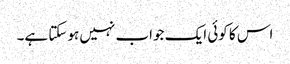
اس کا کوئی ایک جواب نہیں ہوسکتا ہے۔